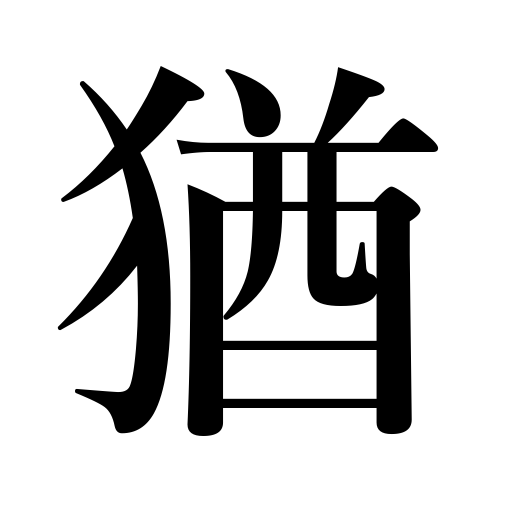
Meanings: yet,still,still more,further,furthermore,just like